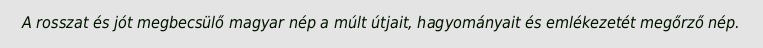
A rosszat és jót megbecsülő magyar nép a múlt útjait, hagyományait és emlékezetét megőrző nép.